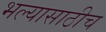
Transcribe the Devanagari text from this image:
भल्यासाठीच